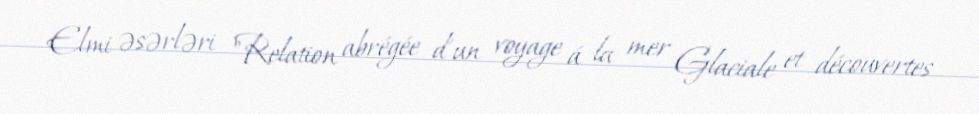
Elmi əsərləri "Relation abrégée d’un voyage á la mer Glaciale et découvertes